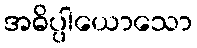
အဓိပ္ပါယောသော